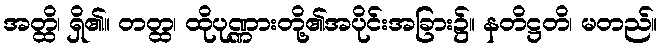
အတ္ထိ၊ ရှိ၏။ တတ္ထ၊ ထိုပုဏ္ဏားတို့၏အပိုင်းအခြား၌။ နတိဋ္ဌတိ၊ မတည်။